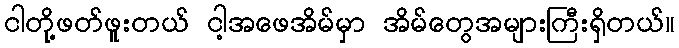
ငါတို့ဖတ်ဖူးတယ် ငါ့အဖေအိမ်မှာ အိမ်တွေအများကြီးရှိတယ်။